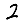
Digit: 2